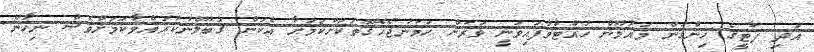
އަދި ޕާޓީގެ ހިންގުން މައުމޫން ހުއްޓުވާފައިވަނީ ވަރަށް ހަމަނުޖެހޭގޮތަކަށްކަމަށާ އެކަން ގަބޫލްނުކުރައްވާކަމަށްވެސް ނިހާން